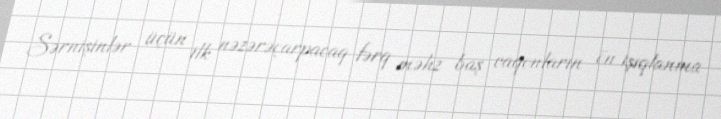
Sərnişinlər üçün ilk nəzərəçarpacaq fərq məhz baş vaqonların ön işıqlanma